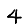
Digit: 4